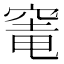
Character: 𮄁